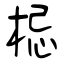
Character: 梞